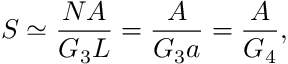
{ \cal { S } } \simeq \frac { N A } { G _ { 3 } L } = \frac { A } { G _ { 3 } a } = \frac { A } { G _ { 4 } } ,